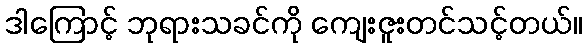
ဒါကြောင့် ဘုရားသခင်ကို ကျေးဇူးတင်သင့်တယ်။